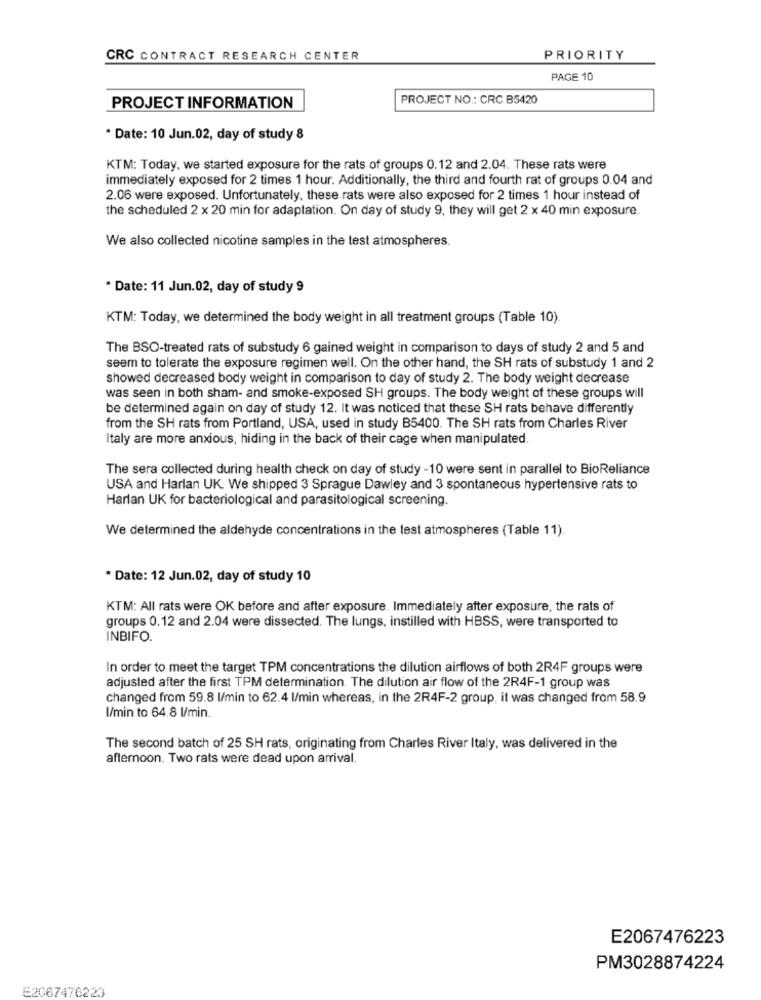
CRC CONTRACT RESEARCH CENTER
PRIORITY
PAGE 10
PROJECT NO .: CRC B5420
PROJECT INFORMATION
* Date: 10 Jun.02, day of study 8
KTM: Today, we started exposure for the rats of groups 0.12 and 2.04. These rats were
immediately exposed for 2 times 1 hour. Additionally, the third and fourth rat of groups 0.04 and
2.06 were exposed. Unfortunately, these rats were also exposed for 2 times 1 hour instead of
the scheduled 2 x 20 min for adaptation. On day of study 9, they will get 2 x 40 min exposure.
We also collected nicotine samples in the test atmospheres.
* Date: 11 Jun.02, day of study 9
KTM: Today, we determined the body weight in all treatment groups (Table 10).
The BSO-treated rats of substudy 6 gained weight in comparison to days of study 2 and 5 and
seem to tolerate the exposure regimen well. On the other hand, the SH rats of substudy 1 and 2
showed decreased body weight in comparison to day of study 2. The body weight decrease
was seen in both sham- and smoke-exposed SH groups. The body weight of these groups will
be determined again on day of study 12. It was noticed that these SH rats behave differently
from the SH rats from Portland, USA, used in study B5400. The SH rats from Charles River
Italy are more anxious, hiding in the back of their cage when manipulated.
The sera collected during health check on day of study -10 were sent in parallel to BioReliance
USA and Harlan UK. We shipped 3 Sprague Dawley and 3 spontaneous hypertensive rats to
Harlan UK for bacteriological and parasitological screening.
We determined the aldehyde concentrations in the test atmospheres (Table 11).
* Date: 12 Jun.02, day of study 10
KTM: All rats were OK before and after exposure. Immediately after exposure, the rats of
groups 0.12 and 2.04 were dissected. The lungs, instilled with HBSS, were transported to
INBIFO.
In order to meet the target TPM concentrations the dilution airflows of both 2R4F groups were
adjusted after the first TPM determination. The dilution air flow of the 2R4F-1 group was
changed from 59.8 l/min to 62.4 l/min whereas, in the 2R4F-2 group, it was changed from 58.9
l/min to 64.8 l/min.
The second batch of 25 SH rats, originating from Charles River Italy, was delivered in the
afternoon. Two rats were dead upon arrival.
E2067476223
PM3028874224
E2067476223